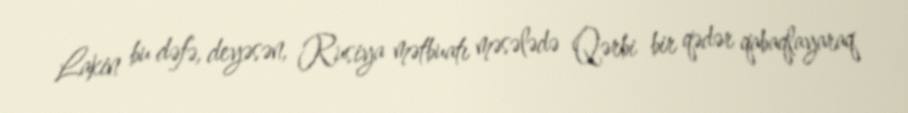
Lakin bu dəfə, deyəsən, Rusiya mətbuatı məsələdə Qərbi bir qədər qabaqlayaraq